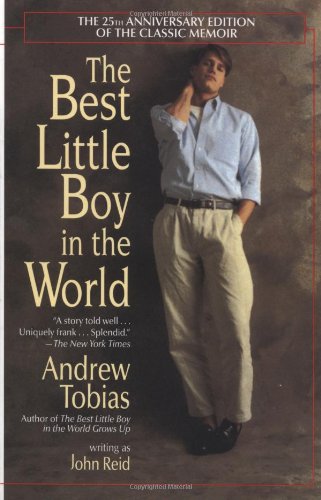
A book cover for The Best Little Boy in the World; John Reid; Gay & Lesbian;